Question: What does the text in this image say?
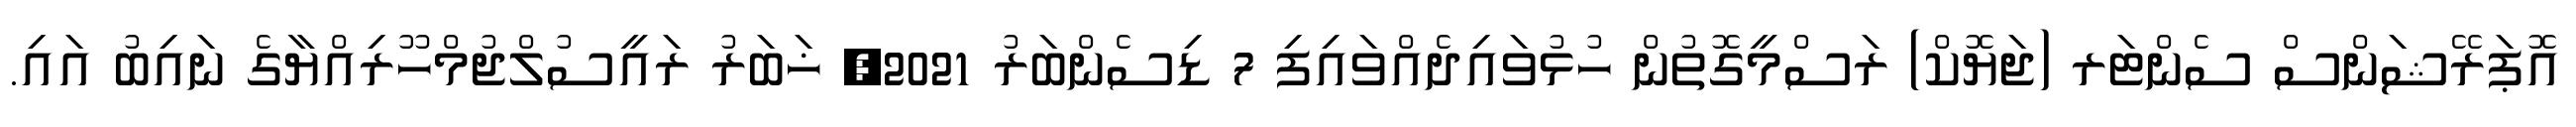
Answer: އޮޕަރޭޝަންސް ސެންޓަރ (ޖަޔޮކް) ރަސްމީގޮތުން ހުޅުވައިދެއްވައިފި 7 ޑިސެންބަރު 2021, ޚަބަރު ރައީސުލްޖުމްހޫރިއްޔާގެ ނައިބު އައި.